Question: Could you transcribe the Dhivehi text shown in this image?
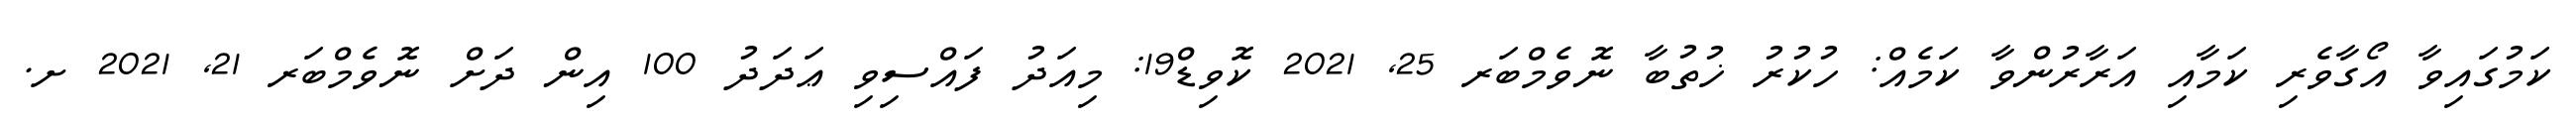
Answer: ކަމުގައިވާ އޯގާވެރި ކަމާއި އަރާރުންވާ ކަމެއް: ހުކުރު ޚުތުބާ ނޮވެމްބަރ 25, 2021 ކޮވިޑް19: މިއަދު ފައްސިވި ޢަދަދު 100 އިން ދަށް ނޮވެމްބަރ 21, 2021 ށ.